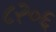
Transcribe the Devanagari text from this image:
८२०६